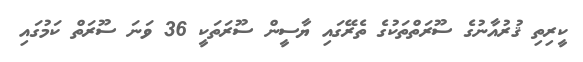
ކީރިތި ޤުރުއާނުގެ ސޫރަތްތަކުގެ ތެރޭގައި ޔާސީން ސޫރަތަކީ 36 ވަނަ ސޫރަތް ކަމުގައި